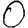
Digit: 0